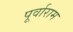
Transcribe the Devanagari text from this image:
पूर्वाराम